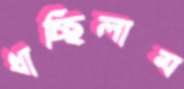
ধাচ্ছিলাম